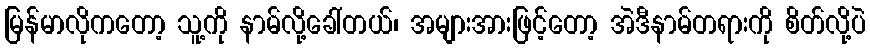
မြန်မာလိုကတော့ သူ့ကို နာမ်လို့ခေါ်တယ်၊ အများအားဖြင့်တော့ အဲဒီနာမ်တရားကို စိတ်လို့ပဲ